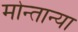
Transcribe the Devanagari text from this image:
मोन्तान्या